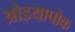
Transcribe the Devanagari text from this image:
ओइयापोक